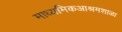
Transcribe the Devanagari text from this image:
माध्यमिकआश्रमशाळा